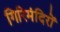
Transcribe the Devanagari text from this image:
गिरिमंदिरों